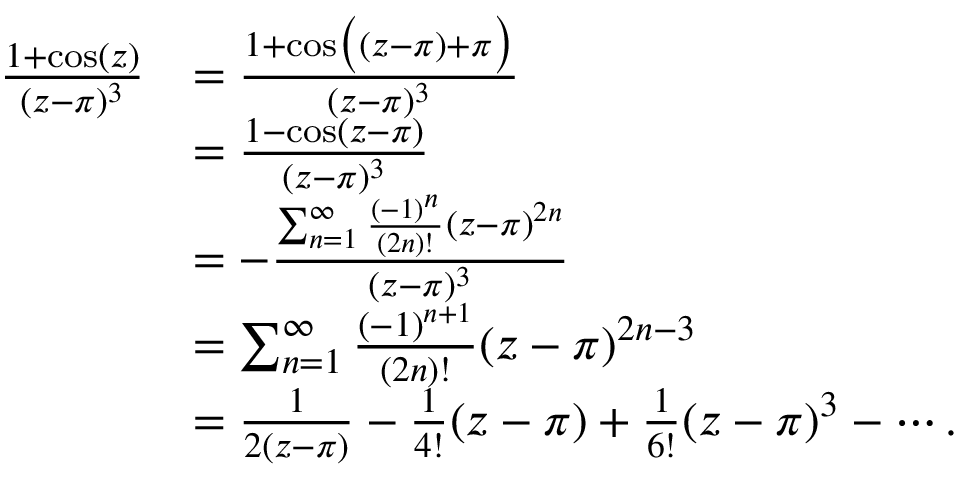
\begin{array} { r l } { \frac { 1 + \cos ( z ) } { ( z - \pi ) ^ { 3 } } } & { = \frac { 1 + \cos \bigl ( ( z - \pi ) + \pi \bigr ) } { ( z - \pi ) ^ { 3 } } } \\ & { = \frac { 1 - \cos ( z - \pi ) } { ( z - \pi ) ^ { 3 } } } \\ & { = - \frac { \sum _ { n = 1 } ^ { \infty } \frac { ( - 1 ) ^ { n } } { ( 2 n ) ! } ( z - \pi ) ^ { 2 n } } { ( z - \pi ) ^ { 3 } } } \\ & { = \sum _ { n = 1 } ^ { \infty } \frac { ( - 1 ) ^ { n + 1 } } { ( 2 n ) ! } ( z - \pi ) ^ { 2 n - 3 } } \\ & { = \frac 1 { 2 ( z - \pi ) } - \frac 1 { 4 ! } ( z - \pi ) + \frac 1 { 6 ! } ( z - \pi ) ^ { 3 } - \cdots . } \end{array}